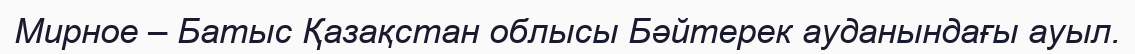
Мирное – Батыс Қазақстан облысы Бәйтерек ауданындағы ауыл.